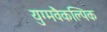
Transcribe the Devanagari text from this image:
युग्मवैकल्पिक